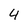
Character: 4